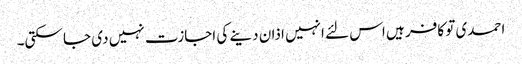
احمدی تو کافر ہیں اس لئے انہیں اذان دینے کی اجازت نہیں دی جا سکتی۔